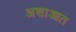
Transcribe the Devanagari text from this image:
अशाआत